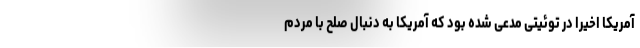
آمریکا اخیرا در توئیتی مدعی شده بود که آمریکا به دنبال صلح با مردم